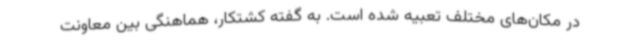
در مکان‌های مختلف تعبیه شده است. به گفته کشتکار، هماهنگی‌ بین معاونت